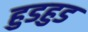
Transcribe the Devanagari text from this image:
हुडहुड